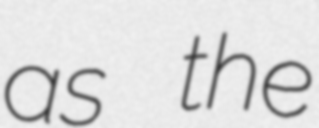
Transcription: as the